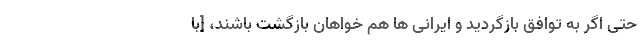
حتی اگر به توافق بازگردید و ایرانی ها هم خواهان بازگشت باشند، [با